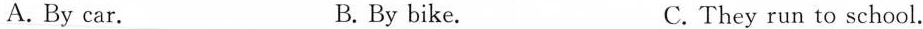
A. By car. B. By bike. C. They run to school.